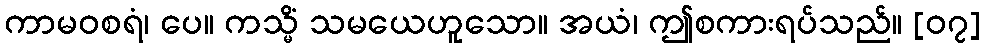
ကာမဝစရံ၊ ပေ။ ကသ္မိံ သမယေဟူသော။ အယံ၊ ဤစကားရပ်သည်။ [၀၇]